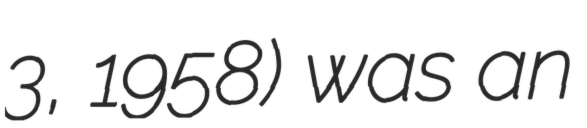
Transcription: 3, 1958) was an